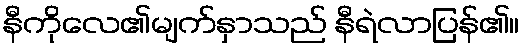
နီကိုလေ၏မျက်နှာသည် နီရဲလာပြန်၏။